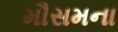
મૌસમના